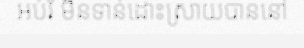
អប់រំ មិនទាន់ដោះស្រាយបាននៅ